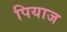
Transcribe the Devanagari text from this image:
पियाज